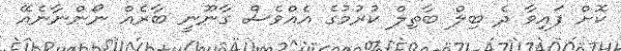
ކޮށް ފައިވާ ދެ ބިލް ބާތިލް ކުރުމުގެ އެއްވެސް ގާނޫނީ ބާރެއް ނޯންނާނެއޭ